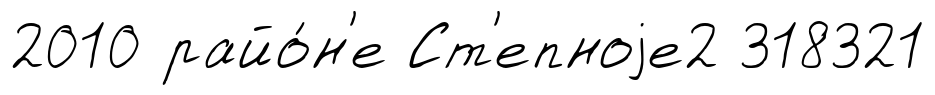
2010 райо́н'е Ст'епноjе2 318321